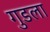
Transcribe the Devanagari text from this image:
गुडला